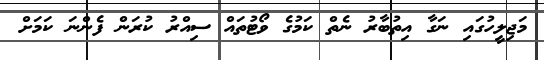
މަޖިލީހުގައި ނަގާ އިތުބާރު ނެތް ކަމުގެ ވޯޓުތައް ސިއްރު ކުރަން ފެންނަ ކަަމަށް